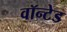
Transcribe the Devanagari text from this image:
वॉन्टेड